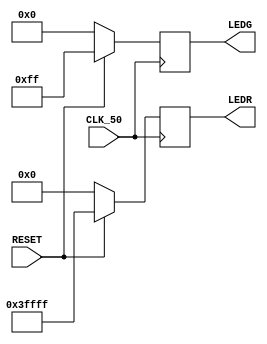
//                              -*- Mode: Verilog -*-
// Description     : Altera DE2-115 LEDS Example
// Last Modified By: Philip Tracton
// Update Count    : 0
// Status          : Unknown, Use with caution!

module leds (/*AUTOARG*/
   // Outputs
   LEDR, LEDG,
   // Inputs
   CLK_50, RESET
   ) ;
   input CLK_50;
   input RESET;
   output [17:0] LEDR;
   output [7:0]  LEDG;

   /*AUTOWIRE*/
   /*AUTOREG*/
   // Beginning of automatic regs (for this module's undeclared outputs)
   reg [7:0]		LEDG;
   reg [17:0]		LEDR;
   // End of automatics
    
   
   always @(posedge CLK_50)
     if (~RESET) begin
	LEDR <= 18'b0;	
     end else begin
	LEDR <= 18'h3_FFFF;	
     end

   always @(posedge CLK_50)
     if (~RESET) begin
	LEDG <= 8'b0;	
     end else begin
	LEDG <= 8'hFF;	
     end
   
   
endmodule // leds